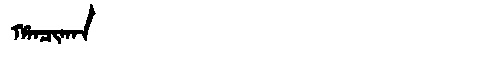
Manchu: ᡥᠠᠨᠴᡳᡴᠠᠨ
Romanization: HANCIKAN